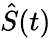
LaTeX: \hat{S}(t)